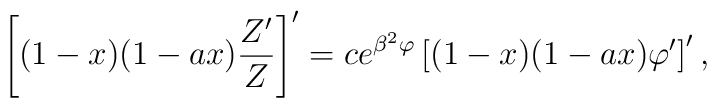
\left[ ( 1 - x ) ( 1 - a x ) { Z' \over Z } \right]' = c e^{\beta^2 \varphi} \left[ ( 1 - x ) ( 1 - a x ) \varphi ' \right]' ,